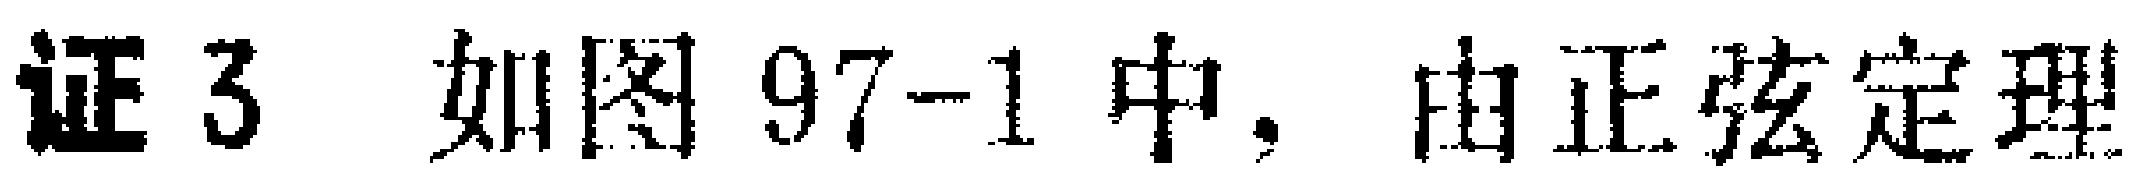
证3 如图97-1中, 由正弦定理